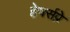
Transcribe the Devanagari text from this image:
हेयर्सप्रे